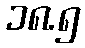
၁၈.၅